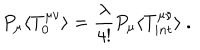
LaTeX: P _ { \mu } \langle T _ { 0 } ^ { \mu \nu } \rangle = \frac { \lambda } { 4 ! } P _ { \mu } \langle T _ { i n t } ^ { \mu \nu } \rangle \ .